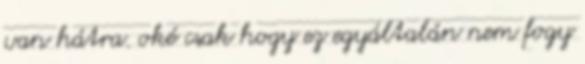
van hátra. oké csak hogy ez egyáltalán nem fogy